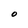
Character: O